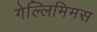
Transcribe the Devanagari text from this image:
गेल्‍लिमिमस